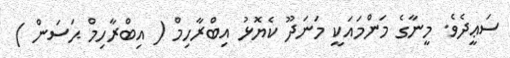
ސަޢީދެވެ. މީނާގެ މަންމައަކީ މަނަދޫ ކެޔޮޅު އިބްރާހިމް ( އިބްރާހިމް ޙަސަން )